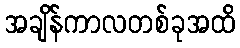
အချိန်ကာလတစ်ခုအထိ